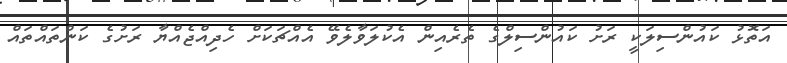
އަތޮޅު ކައުންސިލަކީ ރަށު ކައުންސިލްގެ ތެރެއިން އެކުލަވާލެވޭ އެއްޗަކަށް ހެދިއްޖެއްޔާ ރަށުގެ ކަންތައްތައް